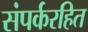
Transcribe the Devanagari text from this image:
संपर्करहित